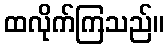
ထလိုက်ကြသည်။